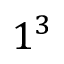
1 ^ { 3 }